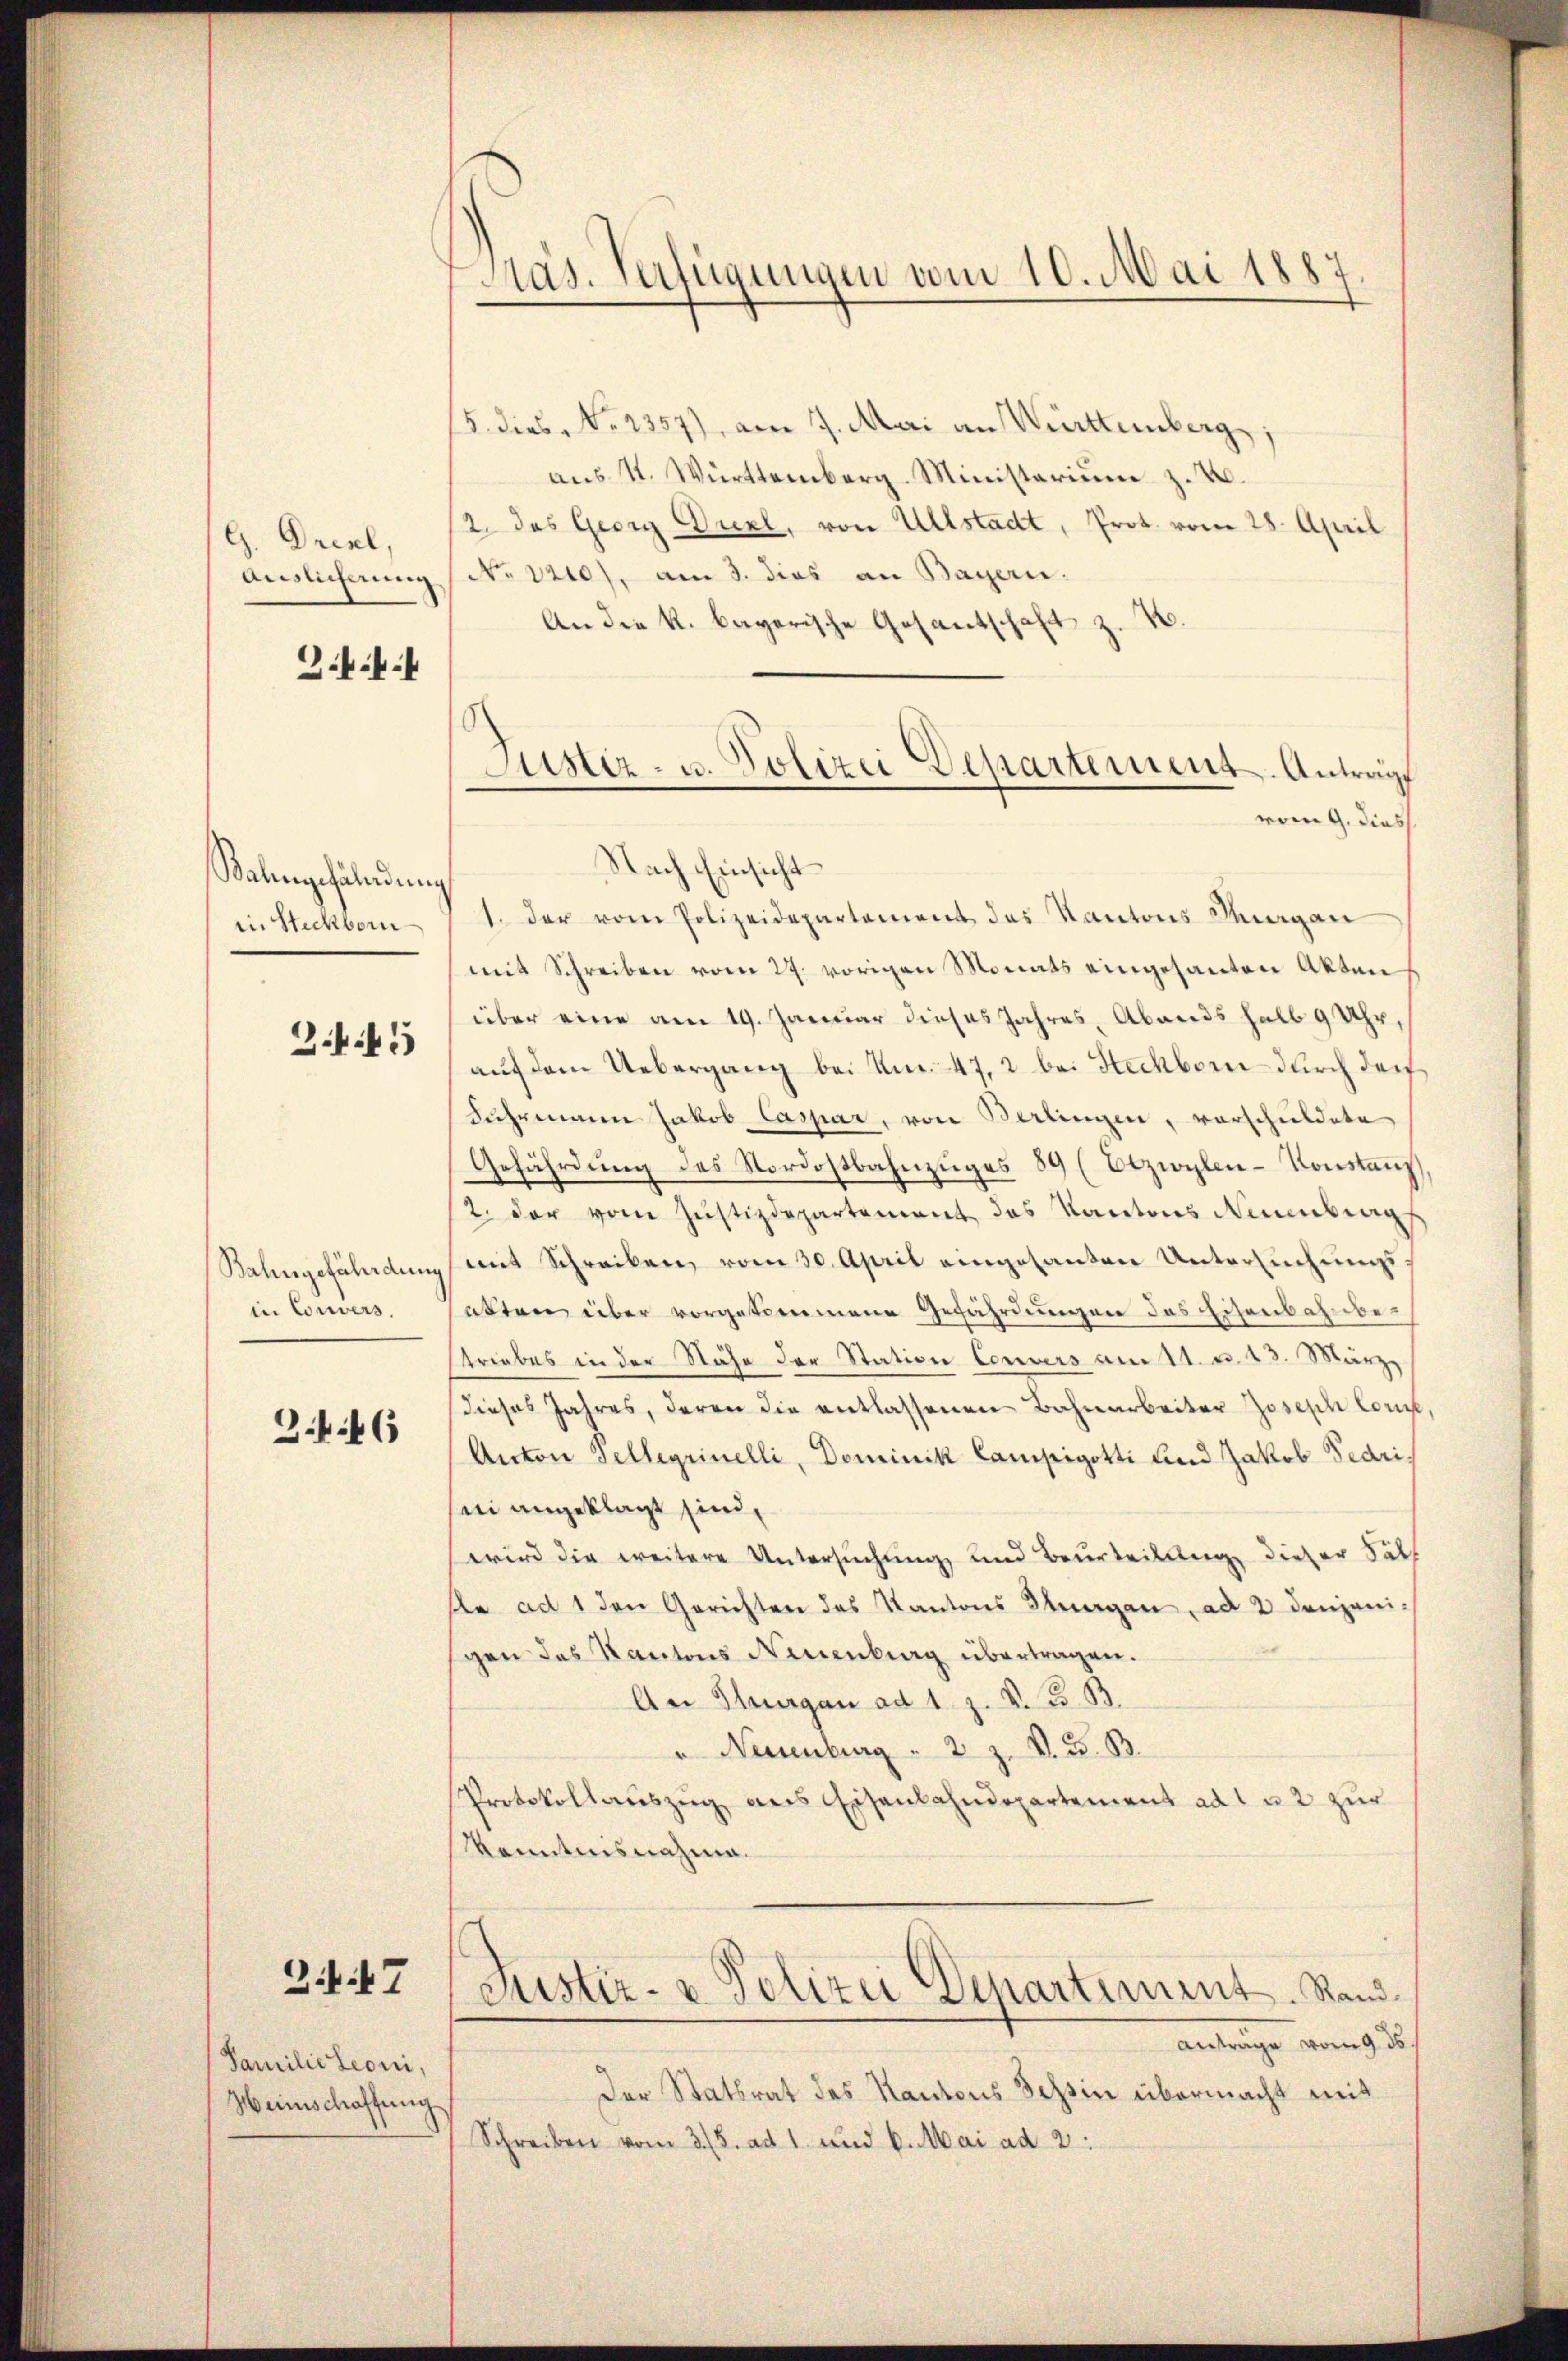
G. Dreel,
Auslicherung

3.4.

Valengefälndŭng
in Steckborn

Z.45

Bahngefährdung
in Convers.

3.46

3.47

Familie Leoni,
Heinschaffung

Präs. Verfügungen vom 10. Mai 1887

15. diese No. 2357), am 7. Mai an Württemberg,
aus St. Württemberg-Ministerium z. B.
2. des Georg Duxl, von Ullstadt, Prot. vom 28. April
No 1210), am 3. dies an Bayern.
An die k. bayerische Gesantschaft z. B.

Justiz- u. Polizei Departement. Antrage
vom 9. dies

Nach Einsicht
1. der vom Polizeidepartement des Kantons Margan
mit Schreiben vom 27. vorigen Monats eingesanten Akten
über eine am 19. Januar dieses Jahres, Abends halb 9 Uhr,
auf dem Uebergang bei Anm. 47, 2 bei Steckborn durch darf
Fahrmann Jakob Caspar, von Berlingen, vorschuldete
Gefährdung des Nordostbahnzuges 89 (Otzwylen-Konstanz
2. der vom Justizdepartement das Kantons Neuenburg
mit Schreiben vom 30. April eingesanten Untersuchungs
abten über vorgekommene Gefährdungen des Eisenbahnbestriebes in der Nähe der Station Convers am 11. u. 13. März
dieses Jahres, deren die entlassenen Bahnarbeiter Joseph Lon
Anton Telleginelli, Dominik Campigotti und Jakob Fedrisii angeklagt sind,
wird die weitere Untersuchung und Beurteilung dieser Hälf
te ad 1 den Gerichten des Kantons Thurgau, ad 2 denjenigen das Kantons Neuenburg übertragen.
An Stergan ad 1. Z. V. B. B.
" Neuenburg  2 Z. V. 3. B.
Protokollauszug aus Eisenbahndepartement ad 1 u. 2 zur
Kenntnisnahma.
Justiz- & Polizei Departiment. Rand¬
Antrage vom 9. ds.
Der Statsrat des Kantons Tessin übermacht mit
Schreiben vom 3. (S. ad 1. und 6. Mai ad 2: